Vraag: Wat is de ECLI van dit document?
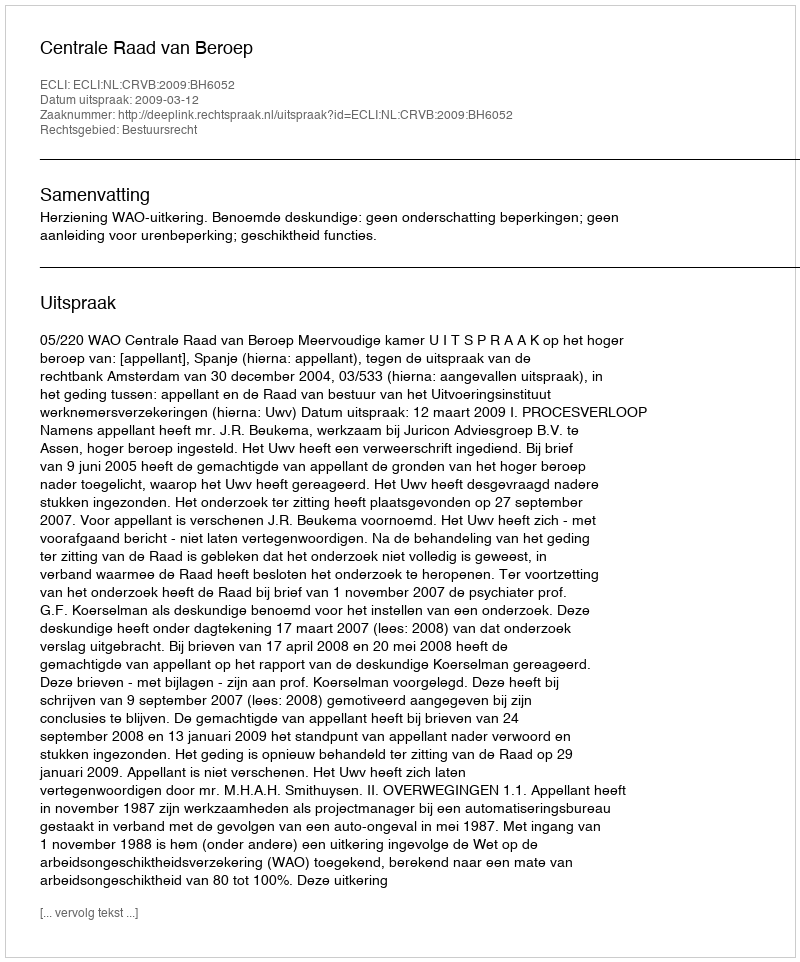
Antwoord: ECLI:NL:CRVB:2009:BH6052